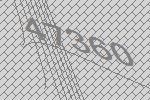
47360